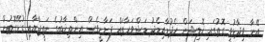
އޭނާ ވިދާޅުވީ ގޮތުގައި ކޮލިޝަން ހެދުމާއިމެދު މަޝްވަރާތައް ފަށާނީވެސް އިންތިޚާބުގެ ނަތީޖާއާއި ގުޅޭގޮތުން